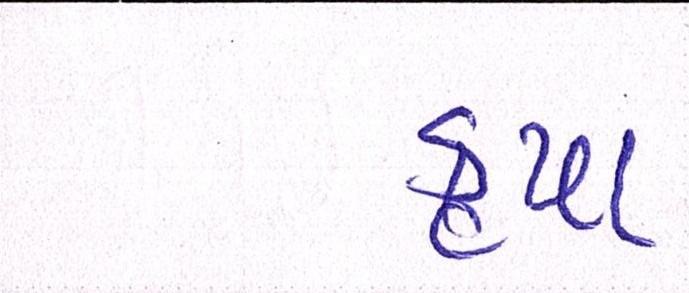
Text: કૃપા